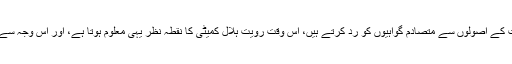
پاکستان کے اہل علم چاند کے دیکھے جانے ہی کو اصل اور بنیاد سمجھتے ہیں، لیکن علم فلکیات کے اصولوں سے متصادم گواہیوں کو رد کرتے ہیں، اس وقت رویت ہلال کمیٹی کا نقطہ نظر یہی معلوم ہوتا ہے، اور اس وجہ سے ان کے اور پشاور و گردونواح کی پرائیویٹ رویت کمیٹیوں کے فیصلوں میں فرق پیدا ہوتا ہے۔